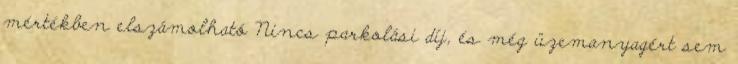
mértékben elszámolható Nincs parkolási díj, és még üzemanyagért sem